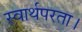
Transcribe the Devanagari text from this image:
स्वार्थपरता।